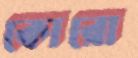
কোরো